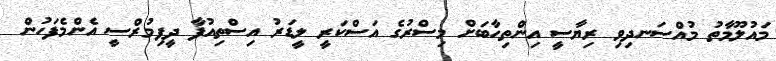
މައުލޫމާތު މުއްސަނދިވި ރިޔާސީ އިންތިހާބަށް މިސްރުގެ އަސްކަރީ ލީޑަރު އިސްތިއުފާ ދީފިމުރްސީ އެންމެފަހުން